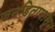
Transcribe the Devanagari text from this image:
जनहितापासून